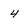
Character: 4